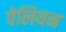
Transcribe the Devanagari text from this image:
पेलियन